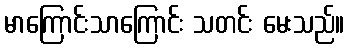
မာကြောင်းသာကြောင်း သတင်း မေးသည်။